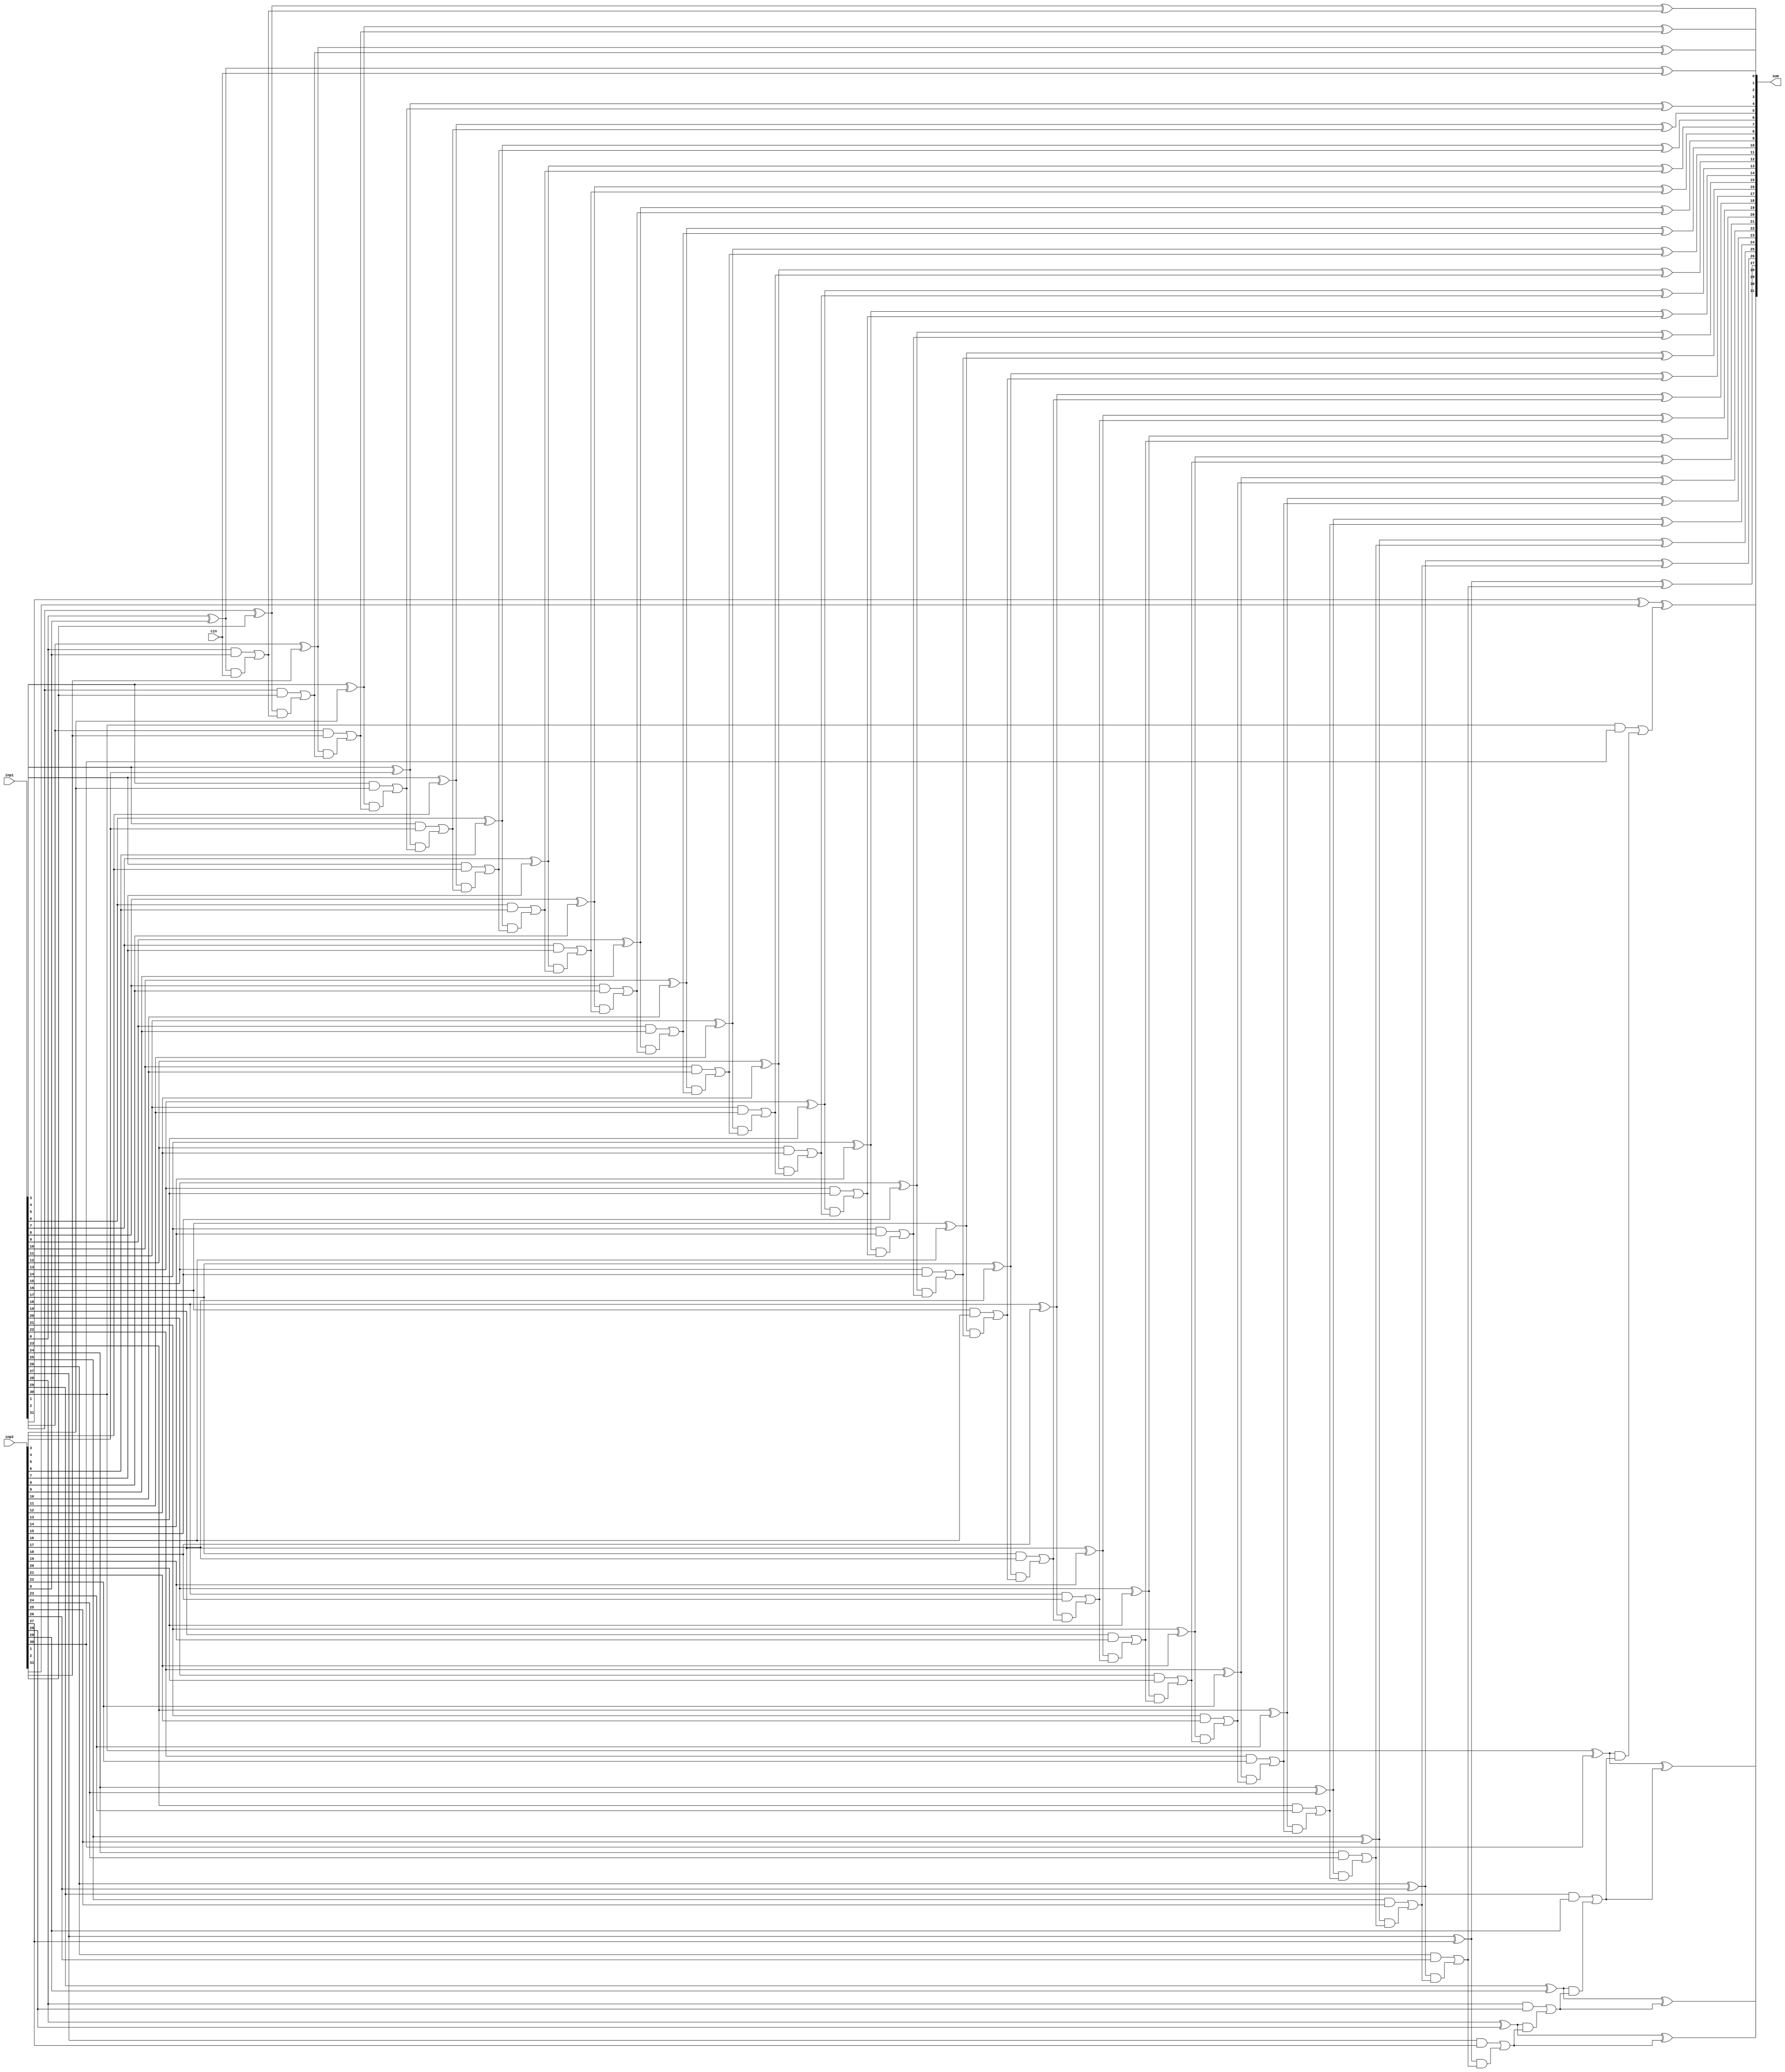
`timescale 1ns / 1ps
//////////////////////////////////////////////////////////////////////////////////
// Company: 
// Engineer: 
// 
// Design Name: 
// Module Name: adder
// Project Name: 
// Target Devices: 
// Tool Versions: 
// Description: 
// 
// Dependencies: 
// 
// Revision:
// Revision 0.01 - File Created
// Additional Comments:
// 
//////////////////////////////////////////////////////////////////////////////////


module adder(
    inp1, inp2, cin, sum
    );
  input [31:0] inp1;
  input [31:0] inp2;
    input cin;
  output [31:0] sum;
   
  wire [31:0] P, G;
  wire [31:0] C;

    // Generate and Propagate signals
    genvar i;
    generate
      for (i = 0; i < 32; i = i + 1) begin
            assign P[i] = inp1[i] ^ inp2[i];
            assign G[i] = inp1[i] & inp2[i];
        end
    endgenerate

    // Calculate the carries
    assign C[0] = G[0] | (P[0]&cin);
    generate
      for (i = 1; i < 32; i = i + 1) begin
            assign C[i] = G[i] | (P[i] & C[i - 1]);
        end
    endgenerate

    // Calculate the sum bits
    assign sum[0] = P[0] ^ cin;
    generate
      for (i = 1; i < 32; i = i + 1) begin
            assign sum[i] =P[i] ^ C[i - 1];
        end
    endgenerate
endmodule